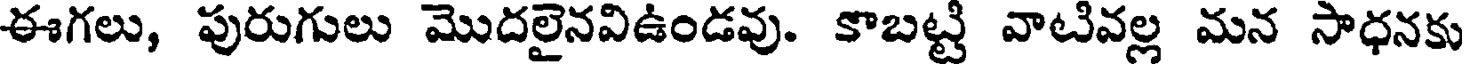
ఈగలు, పురుగులు మొదలైనవిఉండవు. కాబట్టి వాటివల్ల మన సాధనకు